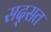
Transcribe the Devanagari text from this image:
सद्सत